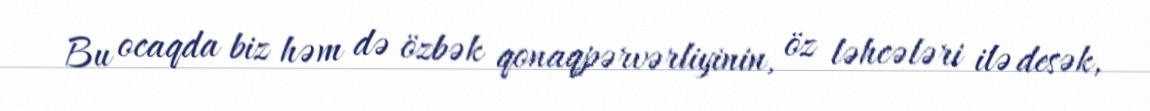
Bu ocaqda biz həm də özbək qonaqpərvərliyinin, öz ləhcələri ilə desək,